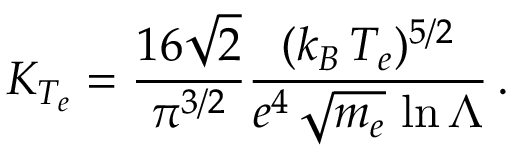
K _ { T _ { e } } = \frac { 1 6 \sqrt { 2 } } { \pi ^ { 3 / 2 } } \frac { ( k _ { B } \, T _ { e } ) ^ { 5 / 2 } } { e ^ { 4 } \, \sqrt { m _ { e } } \, \ln { \Lambda } } \, .